Bréfritari: Ásgeir Tryggvi Friðgeirsson
Viðtakandi: Einar Friðgeirsson
Dagsetning: A-1896-10-11
Skrifað á: Bíldudal  V-Barð.
Ásgeir er bróðir Einars

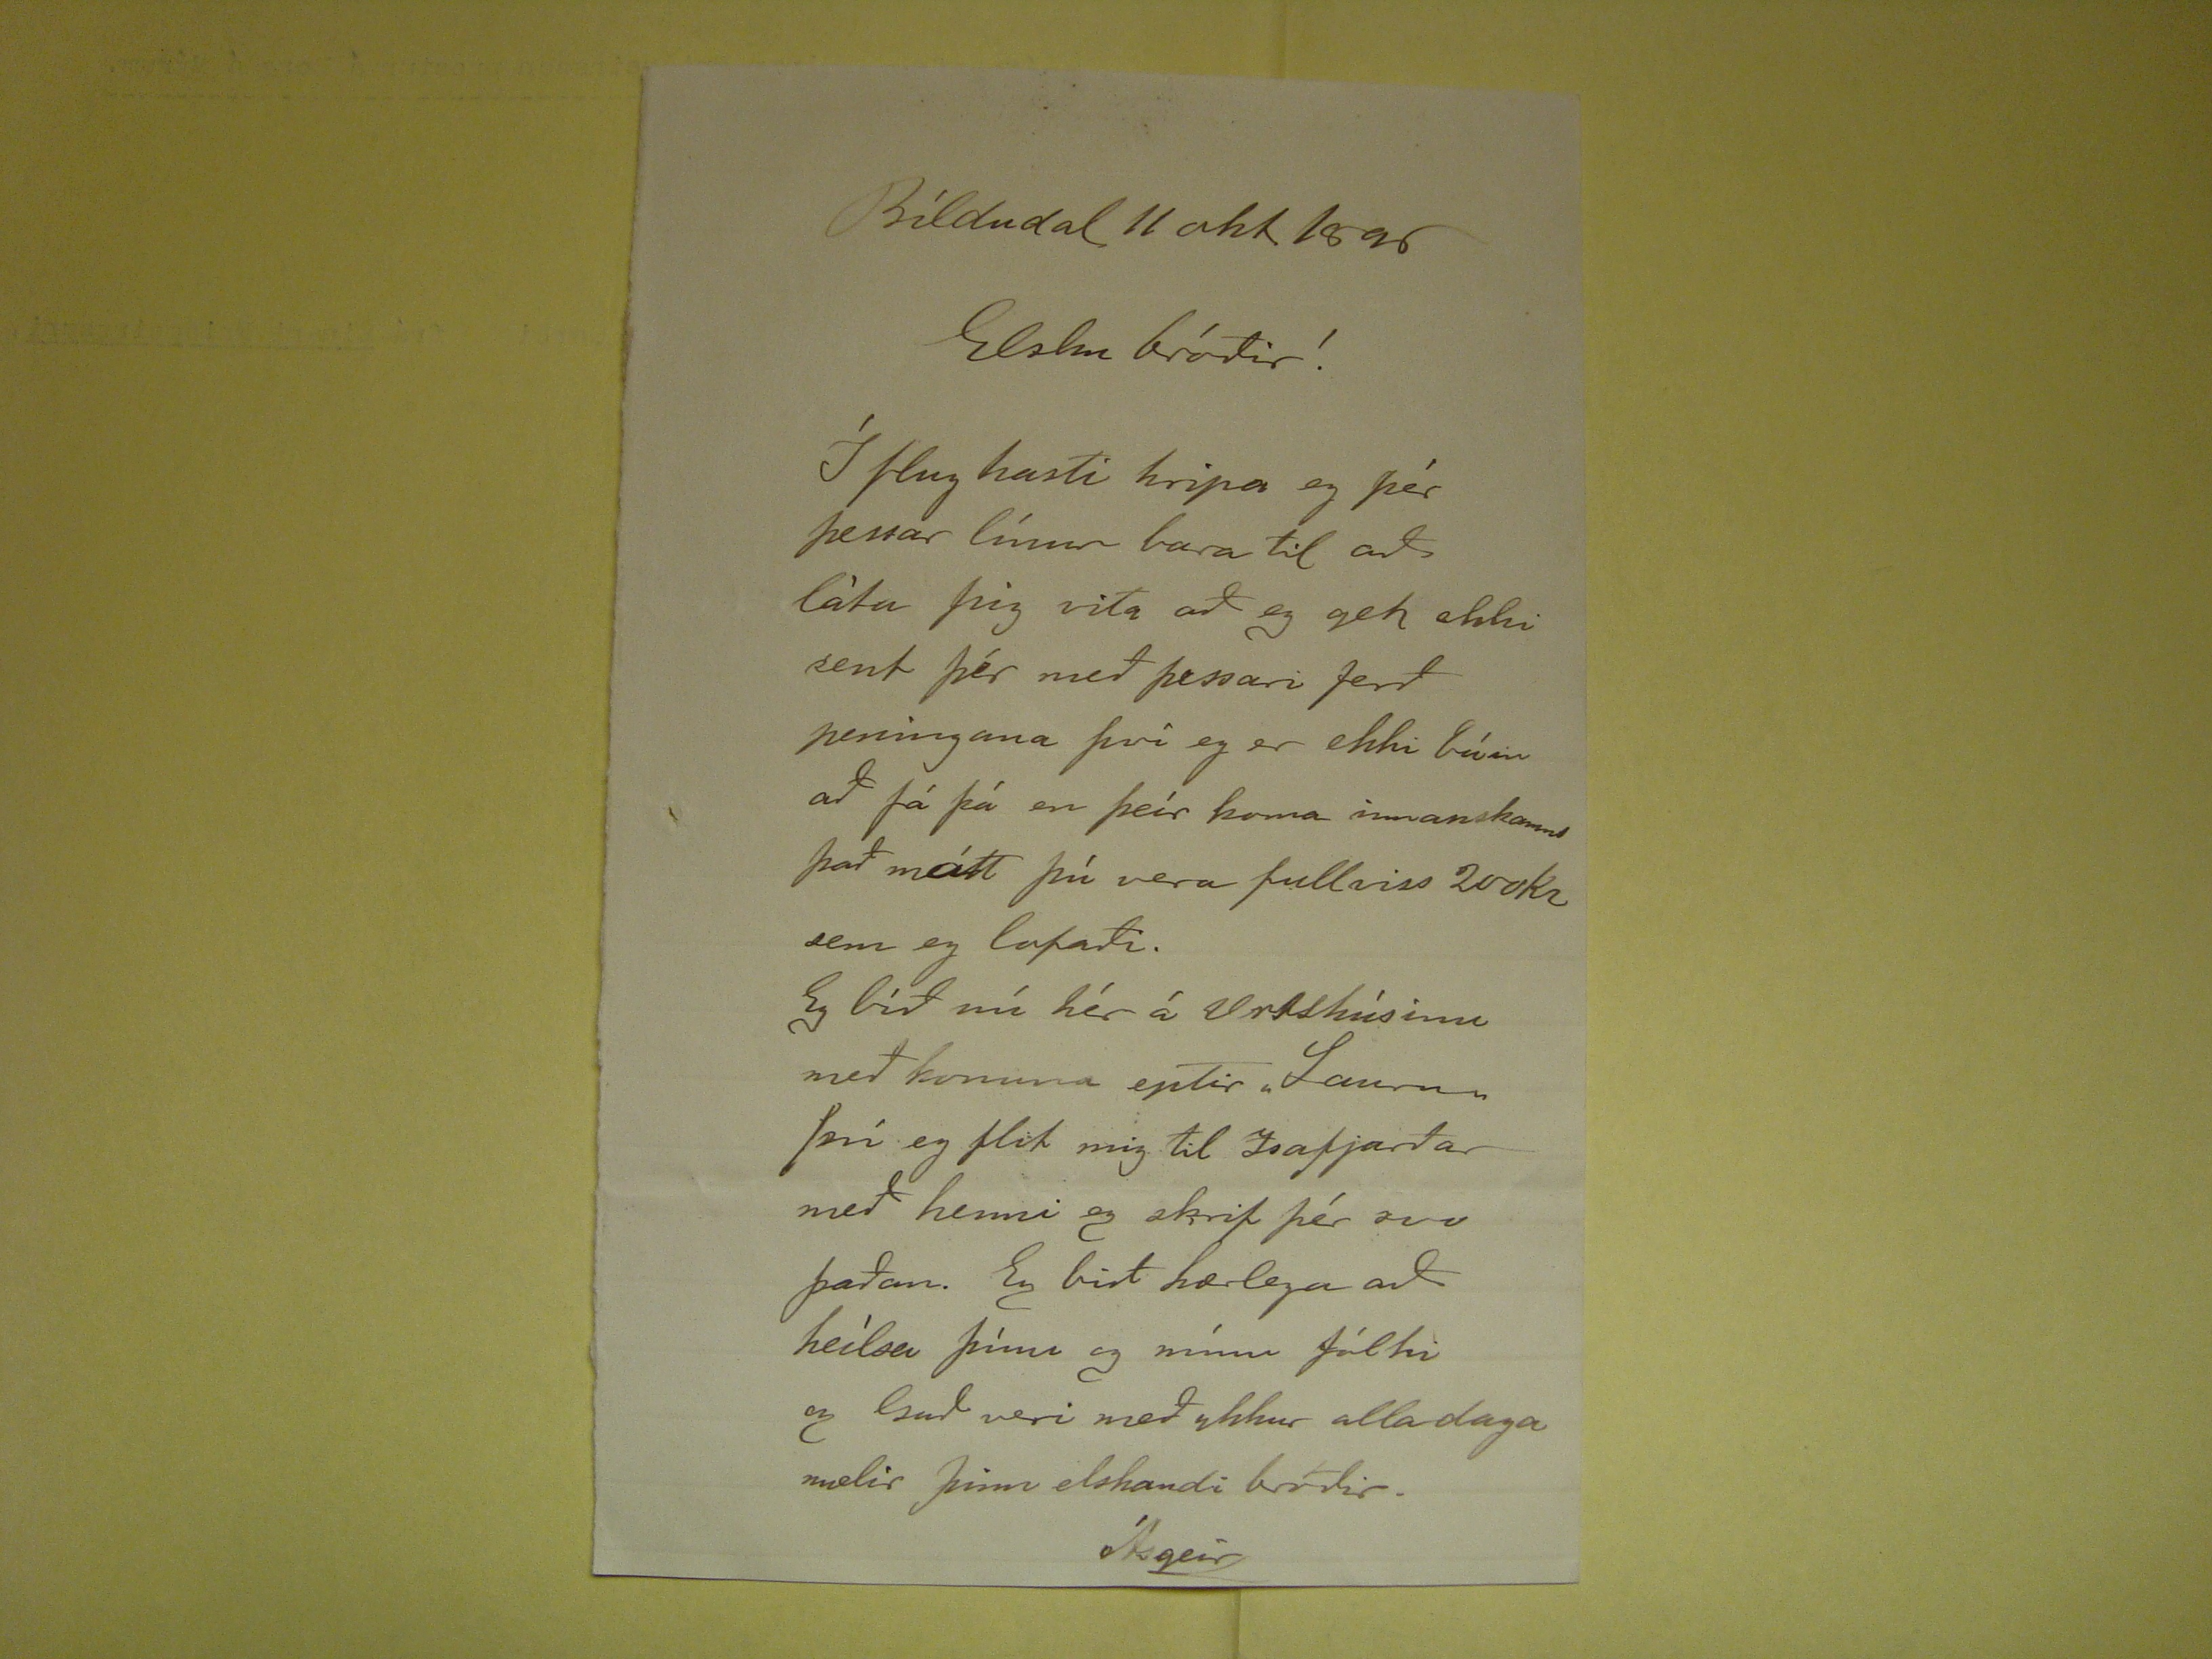

Bíldudal 11 okt 1896
Elsku bróðir!
Í flug hast hripa eg þér þessar línur bara til að láta þig vita að eg get ekki sent þér með þessari ferð peningana því eg er ekki búin að fá þá en þeír koma
innanskamms það mátt þú vera fullviss 200kr sem eg lofaði. Eg bíð nú hér á
Vrtshúsinu
með konuna eptir "Lauru" því eg flit mig til Isafjarðar
með henni og skrif þér svo þaðan. Eg bið kærlega að heílsa þínu og mínu fólki og Guð veri með ykkur alla daga mælir þinn elskandi bróðir.
Ásgeir